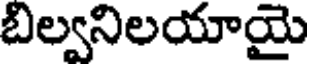
బిల్వనిలయాయై